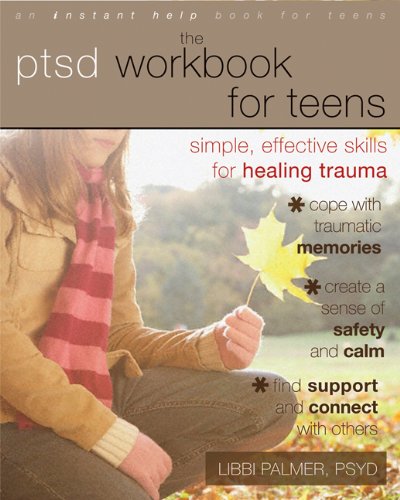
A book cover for The PTSD Workbook for Teens: Simple, Effective Skills for Healing Trauma; Libbi Palmer PsyD; Parenting & Relationships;